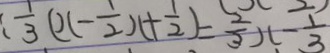
: \frac { 1 } { 3 } ( x - \frac { 1 } { 2 } x + \frac { 1 } { 2 } ) = \frac { 2 } { 3 } x - \frac { 1 } { 3 }